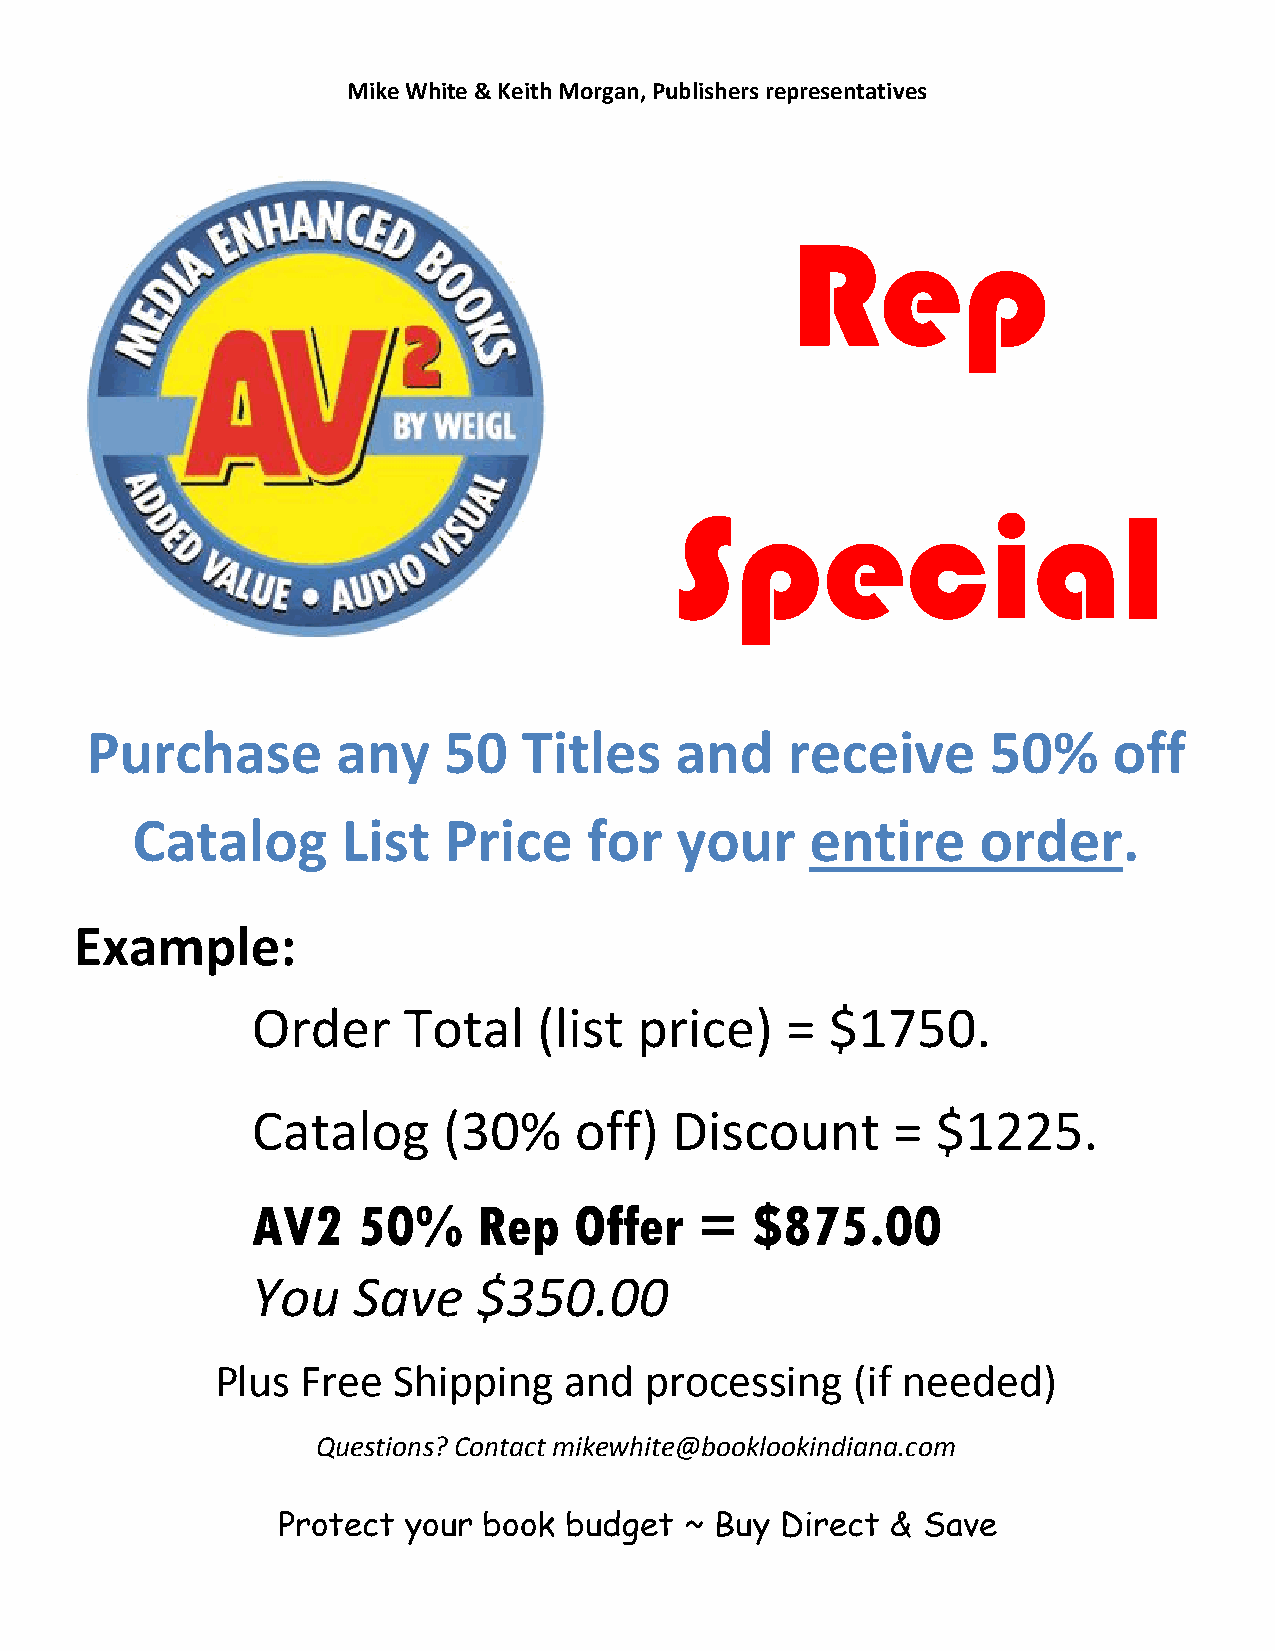
Mike White & Keith Morgan, Publishers representatives
 Rep
 Special
 Purchase        any    50    Titles    and    receive       50%     off
 Catalog       List  Price     for   your     entire     order.
 Example:
 Order     Total    (list price)    =  $1750.
 Catalog     (30%     off)   Discount      =  $1225.
 AV2    50%     Rep   Offer   =   $875.00
 You   Save     $350.00
 Plus  Free  Shipping   and   processing    (if needed)
 Questions? Contact mikewhite@booklookindiana.com
 Protect  your book  budget ~ Buy  Direct & Save